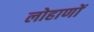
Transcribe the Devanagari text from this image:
लोहाणों